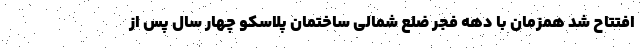
افتتاح شد همزمان با دهه فجر ضلع شمالی ساختمان پلاسکو چهار سال پس از